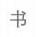
书